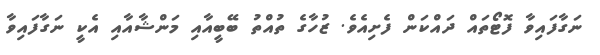
ނަގާފައިވާ ފޮޓޯތައް ދައްކަން ފެށިއެވެ. ޒުހާގެ ތުއްތު ބޭބީއާއި މަންޝާއާއި އެކީ ނަގާފައިވާ